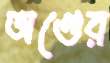
অণ্ডের